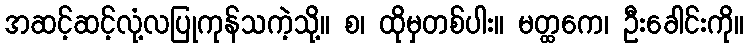
အဆင့်ဆင့်လုံ့လပြုကုန်သကဲ့သို့။ စ၊ ထိုမှတစ်ပါး။ မတ္ထကေ၊ ဦးခေါင်းကို။